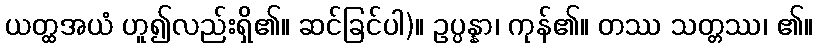
ယတ္ထအယံ ဟူ၍လည်းရှိ၏။ ဆင်ခြင်ပါ)။ ဥပ္ပန္နာ၊ ကုန်၏။ တဿ သတ္တဿ၊ ၏။